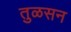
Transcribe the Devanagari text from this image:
तुळसन